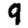
Digit: 9